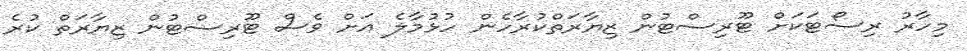
މިހާރު ރިސޯޓަކަށް ޓޫރިސްޓުން ޒިޔާރަތްކުރާހެން ހުޅުމާލެ އަށް ވެސް ޓޫރިސްޓުން ޒިޔާރަތް ކުރެ